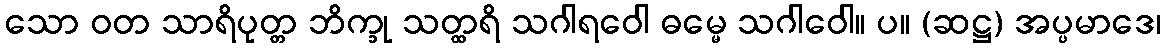
သော ဝတ သာရိပုတ္တ ဘိက္ခု သတ္ထရိ သဂါရဝေါ ဓမ္မေ သဂါဝေါ။ ပ။ (ဆဋ္ဌ) အပ္ပမာဒေ၊